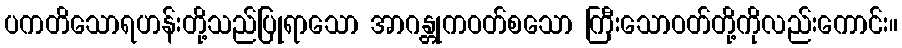
ပကတိသောရဟန်းတို့သည်ပြုရာသော အာဂန္တုကဝတ်စသော ကြီးသောဝတ်တို့ကိုလည်းကောင်း။